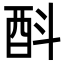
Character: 酙